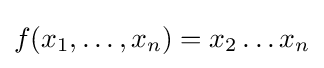
f(x_{1},\ldots ,x_{n})=x_{2}\ldots x_{n}